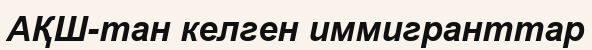
АҚШ-тан келген иммигранттар